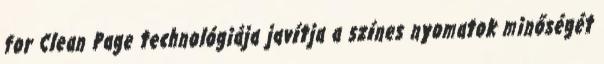
for Clean Page technológiája javítja a színes nyomatok minőségét